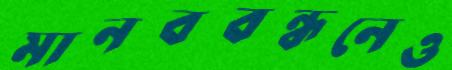
মানববন্ধনেও